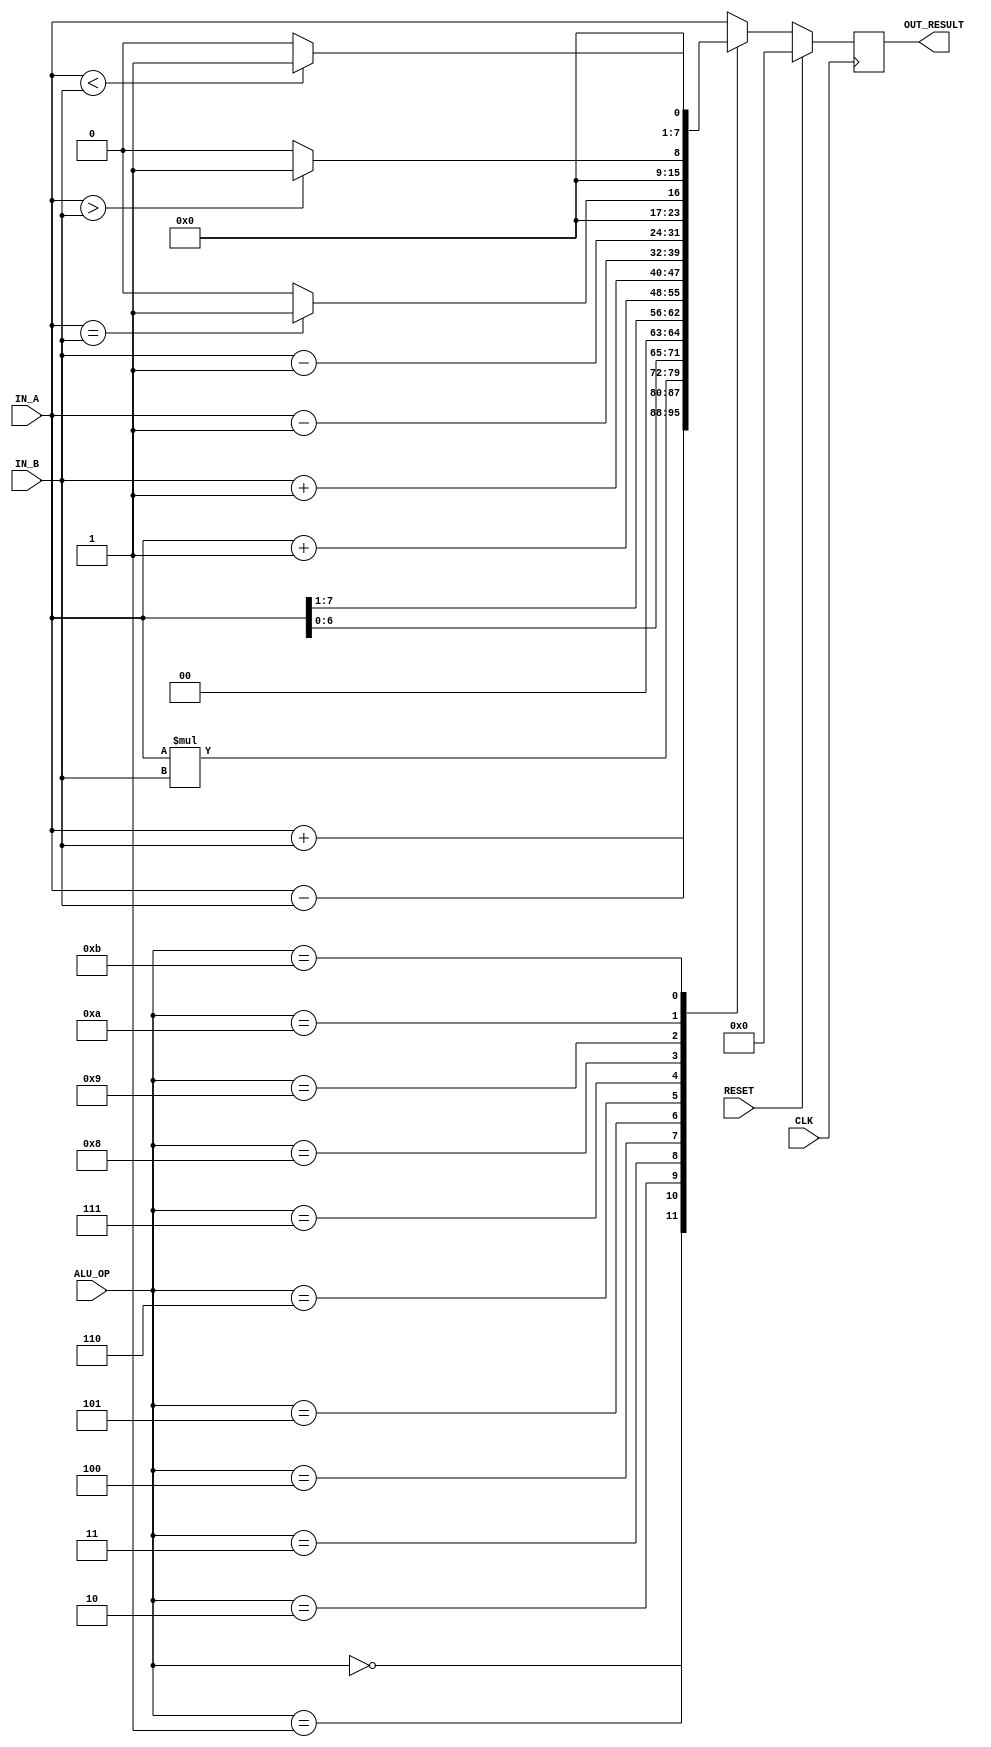
`timescale 1ns / 1ps

module ALU(
    // Standard signals
    input           CLK,
    input           RESET,

    // I/O
    input   [7:0]   IN_A,
    input   [7:0]   IN_B,
    input   [3:0]   ALU_OP,
    output  [7:0]   OUT_RESULT
);

    reg [7:0] out;

    assign OUT_RESULT = out;

    // Arithmetic Computation
    always@(posedge CLK) begin
        if(RESET) begin
            out <= 0;
        end else begin
            case (ALU_OP)
                // Maths Operations
                // Add A + B
                4'h0: out <= IN_A + IN_B;
                // Subtract A - B
                4'h1: out <= IN_A - IN_B;
                // Multiply A * B
                4'h2: out <= IN_A * IN_B;
                // Shift Left A << 1
                4'h3: out <= IN_A << 1;
                // Shift Right A >> 1
                4'h4: out <= IN_A >> 1;
                // Increment A+1
                4'h5: out <= IN_A + 1'b1;
                // Increment B+1
                4'h6: out <= IN_B + 1'b1;
                // Decrement A-1
                4'h7: out <= IN_A - 1'b1;
                // Decrement B+1
                4'h8: out <= IN_B - 1'b1;

                // Equality Operations
                // A == B
                4'h9: out <= (IN_A == IN_B) ? 8'h01 : 8'h00;
                // A > B
                4'hA: out <= (IN_A > IN_B) ? 8'h01 : 8'h00;
                // A < B
                4'hB: out <= (IN_A < IN_B) ? 8'h01 : 8'h00;

                //Default A
                default: out <= IN_A;
            endcase
        end
    end

endmodule